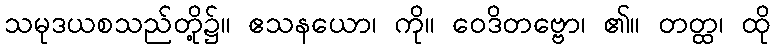
သမုဒယစသည်တို့၌။ ဧသနယော၊ ကို။ ဝေဒိတဗ္ဗော၊ ၏။ တတ္ထ၊ ထို